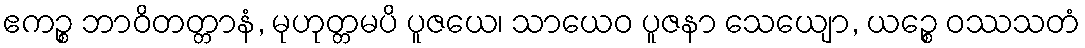
ဧကဉ္စ ဘာဝိတတ္တာနံ, မုဟုတ္တမပိ ပူဇယေ၊ သာယေဝ ပူဇနာ သေယျော, ယဉ္စေ ဝဿသတံ